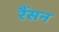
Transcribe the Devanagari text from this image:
रैंसन